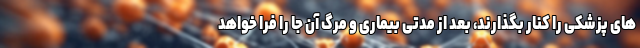
های پزشکی را کنار بگذارند، بعد از مدتی بیماری و مرگ آن جا را فرا خواهد